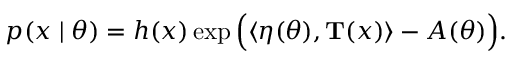
p ( x \mid { \boldsymbol { \theta } } ) = h ( x ) \exp { \Big ( } \langle { \boldsymbol { \eta } } ( { \boldsymbol { \theta } } ) , \mathbf { T } ( x ) \rangle - A ( { \boldsymbol { \theta } } ) { \Big ) } .